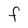
Character: F